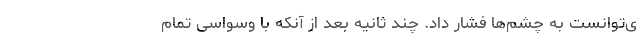
ی‌توانست به چشم‌ها فشار داد. چند ثانیه بعد از آنکه با وسواسی تمام